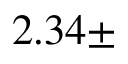
2 . 3 4 \pm